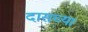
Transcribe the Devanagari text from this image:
दासच्या